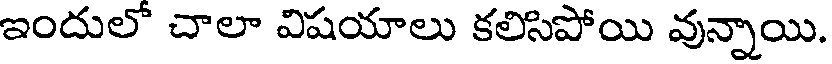
ఇందులో చాలా విషయాలు కలిసిపోయి వున్నాయి.